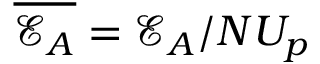
\overline { { \mathcal { E } _ { A } } } = { \mathcal { E } _ { A } } / N U _ { p }